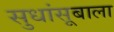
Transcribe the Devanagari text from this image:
सुधांसूबाला